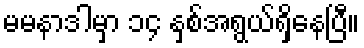
မမနာဒါမှာ ၁၄ နှစ်အရွယ်ရှိနေပြီ။